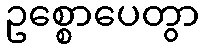
ဥစ္စောပေတွာ